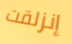
إنزلقت